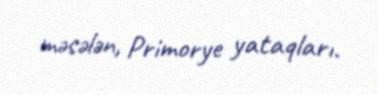
məsələn, Primorye yataqları.